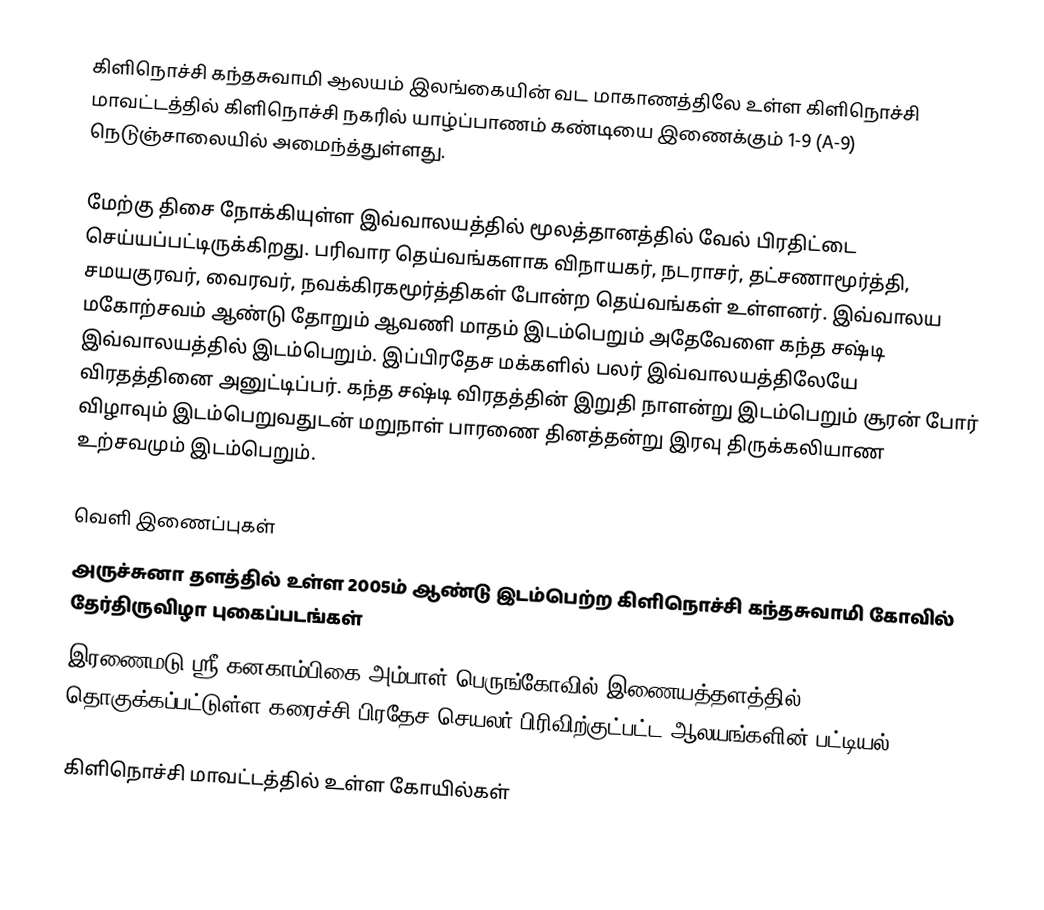
கிளிநொச்சி கந்தசுவாமி ஆலயம் இலங்கையின் வட மாகாணத்திலே உள்ள கிளிநொச்சி மாவட்டத்தில் கிளிநொச்சி நகரில் யாழ்ப்பாணம் கண்டியை இணைக்கும் 1-9 (A-9) நெடுஞ்சாலையில் அமைந்த்துள்ளது.

மேற்கு திசை நோக்கியுள்ள இவ்வாலயத்தில் மூலத்தானத்தில் வேல் பிரதிட்டை செய்யப்பட்டிருக்கிறது.  பரிவார தெய்வங்களாக விநாயகர், நடராசர், தட்சணாமூர்த்தி, சமயகுரவர், வைரவர், நவக்கிரகமூர்த்திகள் போன்ற தெய்வங்கள் உள்ளனர். இவ்வாலய  மகோற்சவம் ஆண்டு தோறும் ஆவணி மாதம்  இடம்பெறும்  அதேவேளை கந்த சஷ்டி இவ்வாலயத்தில் இடம்பெறும். இப்பிரதேச மக்களில் பலர் இவ்வாலயத்திலேயே  விரதத்தினை அனுட்டிப்பர்.  கந்த சஷ்டி விரதத்தின்  இறுதி நாளன்று இடம்பெறும் சூரன் போர் விழாவும் இடம்பெறுவதுடன் மறுநாள் பாரணை தினத்தன்று இரவு திருக்கலியாண உற்சவமும் இடம்பெறும்.

வெளி இணைப்புகள்
அருச்சுனா தளத்தில் உள்ள 2005ம் ஆண்டு இடம்பெற்ற  கிளிநொச்சி கந்தசுவாமி கோவில் தேர்திருவிழா புகைப்படங்கள்
 இரணைமடு ஸ்ரீ கனகாம்பிகை அம்பாள் பெருங்கோவில் இணையத்தளத்தில் தொகுக்கப்பட்டுள்ள கரைச்சி  பிரதேச செயலர் பிரிவிற்குட்பட்ட  ஆலயங்களின் பட்டியல்

கிளிநொச்சி மாவட்டத்தில் உள்ள கோயில்கள்